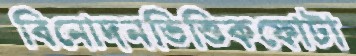
বিনোদনভিত্তিকফোটা